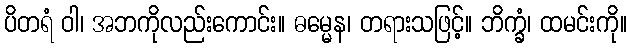
ပိတရံ ဝါ၊ အဘကိုလည်းကောင်း။ ဓမ္မေန၊ တရားသဖြင့်။ ဘိက္ခံ၊ ထမင်းကို။